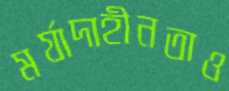
মর্যাদাহীনতাও